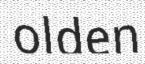
olden